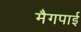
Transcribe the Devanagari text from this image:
मैगपाई